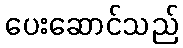
ပေးဆောင်သည်